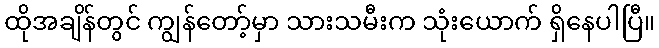
ထိုအချိန်တွင် ကျွန်တော့်မှာ သားသမီးက သုံးယောက် ရှိနေပါပြီ။